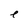
Character: e